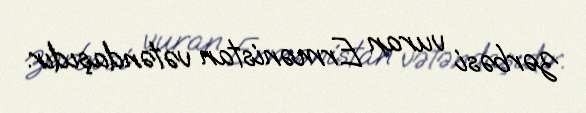
zərbəsi vuran Ermənistan vətəndaşıdır.